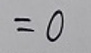
\[
= 0
\]